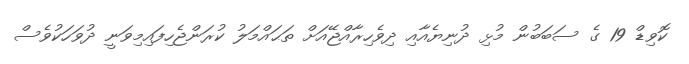
ކޮވިޑް 19 ގެ ސަބަބުން މުޅި ދުނިޔެއާއި ދިވެހިރާއްޖޭއަށް ތަޙައްމަލު ކުރަންޖެހިފައިމިވަނީ ދުވަހަކުވެސް